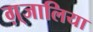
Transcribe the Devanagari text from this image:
ग़्जालिया